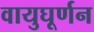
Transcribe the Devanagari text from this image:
वायुघूर्णन